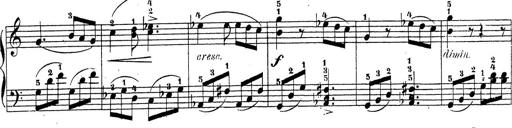
Title: 4 Sonatinas
Composer: Jacob Schmitt